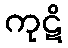
ကုဋိ